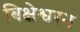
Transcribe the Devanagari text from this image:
बिक्षेश्वरन